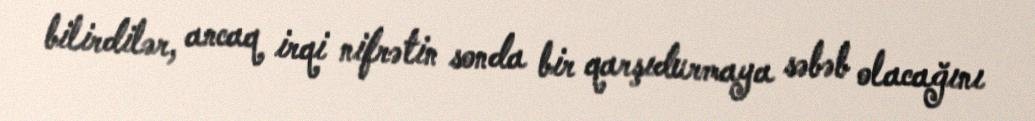
bilirdilər, ancaq irqi nifrətin sonda bir qarşıdurmaya səbəb olacağını